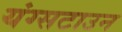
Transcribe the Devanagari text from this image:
यंग्सटाउन